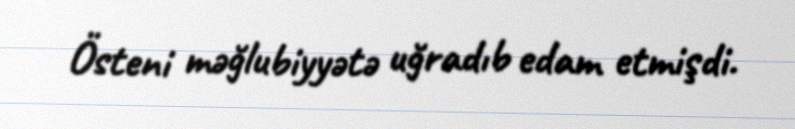
Östeni məğlubiyyətə uğradıb edam etmişdi.